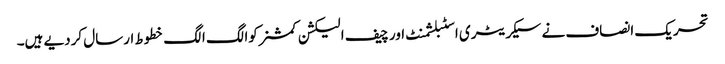
تحریک انصاف نے سیکریٹری اسٹبلشمنٹ اور چیف الیکشن کمشنرکوالگ الگ خطوط ارسال کردیے ہیں۔